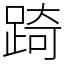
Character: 踦